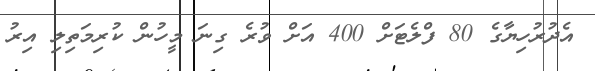
އެދުރުހިޔާގެ 80 ފްލެޓަށް 400 އަށް ވުރެ ގިނަ މީހުން ކުރިމަތިލި އިރު